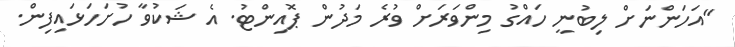
"އަހަންނަށް ލިބުނީ ހައްގު މިންވަރަށް ވުރެ މަދުން ޕޮއިންޓު. އެ ޝަކުވާ ހުށަހަޅައިފިން.